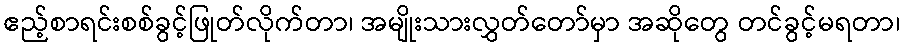
ဧည့်စာရင်းစစ်ခွင့်ဖြုတ်လိုက်တာ၊ အမျိုးသားလွှတ်တော်မှာ အဆိုတွေ တင်ခွင့်မရတာ၊